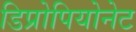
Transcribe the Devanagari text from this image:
डिप्रोपियोनेट